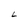
Character: L